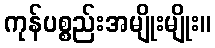
ကုန်ပစ္စည်းအမျိုးမျိုး။